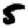
Digit: 5